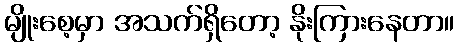
မျိုးစေ့မှာ အသက်ရှိတော့ နိုးကြားနေတာ။